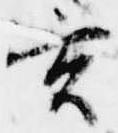
玄